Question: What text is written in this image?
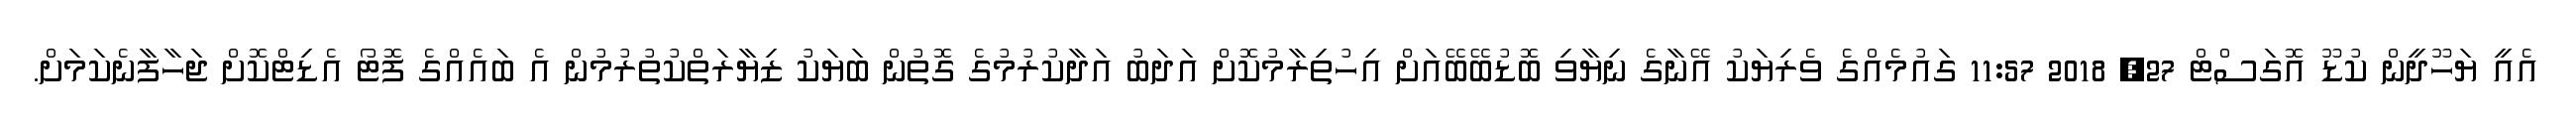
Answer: އެއީ ޔަހޫދީން ކުޑޫ އޮގަސްޓް 27, 2018 11:57 ގައުމެއްގެ ވެރިޔަކު އޭނާގެ ނިޔާވި ބޮޑުބޭބޭއަށް އިހުތިރާމުކޮށް އަދަބު އަދާކުރުމުގެ ގޮތުން ބަޔަކު ޒިޔާރަތްކުތުރުމުން އެ ބައެއްގެ ފޮޓޯ އެޑިޓްކޮށް ޖަހާފާނެކަމަށް.